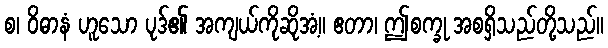
စ၊ ဝိဓာနံ ဟူသော ပုဒ်၏ အကျယ်ကိုဆိုအံ့။ ဧတာ၊ ဤစက္ခု အစရှိသည်တို့သည်။